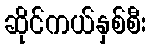
ဆိုင်ကယ်နှစ်စီး